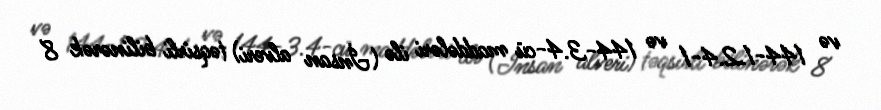
və 144-1.2.4-1 və 144-3.4-cü maddələri ilə (İnsan alveri) təqsirli bilinərək 8